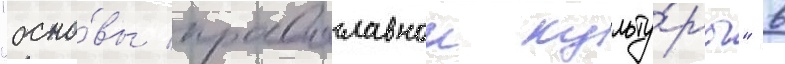
"осно́вы православнои культу́ры" в